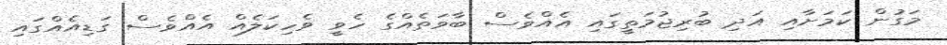
މަގުން ކަމަށާއި އަދި ބުރިޖުމަތީގައި އެއްވެސް ބާވަތެއްގެ ހެވީ ވެހިކަލެއް އެއްވެސް ގަޑިއެއްގައި